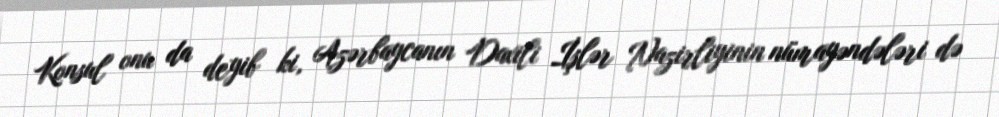
Konsul onu da deyib ki, Azərbaycanın Daxili İşlər Nazirliyinin nümayəndələri də